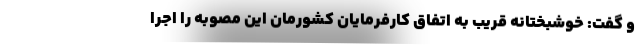
و گفت: خوشبختانه قریب به اتفاق کارفرمایان کشورمان این مصوبه را اجرا